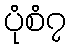
ပုံစံ၇